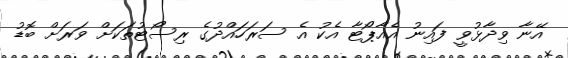
އޭނާ ވިދާޅުވީ ފައިނު އެއާޕޯޓާ އެކު އެ ސަރަހައްދުގެ ރިސޯޓުތަކަށް ވަރަށް ބޮޑު